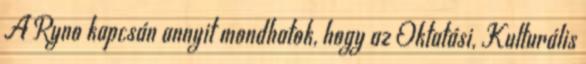
A Ryno kapcsán annyit mondhatok, hogy az Oktatási, Kulturális